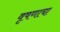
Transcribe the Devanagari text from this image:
वृषणाचा